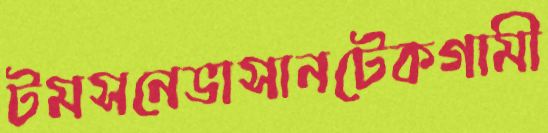
টমসনেভাসানটেকগামী